Relation of titanus [i.e. tetanus] to the hypodermic or intramuscular injection of quinine - Number 43
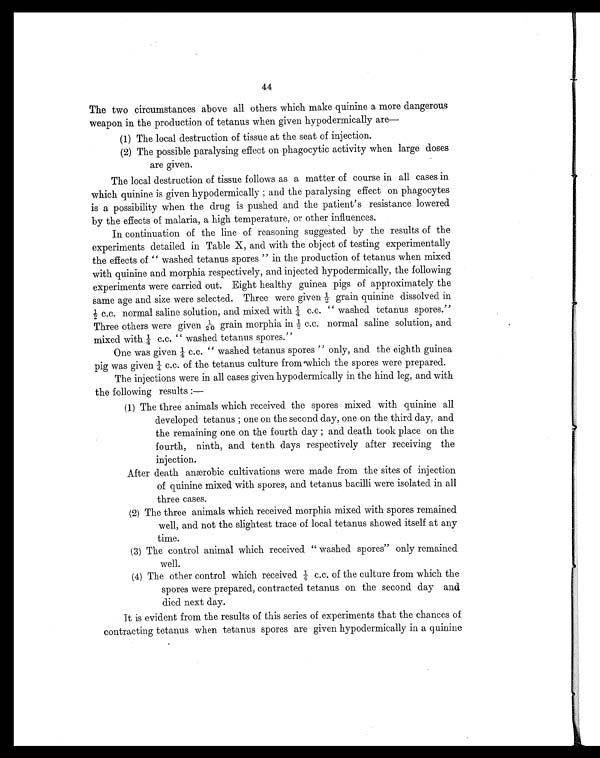
44
The two circumstances above all others which make quinine a more dangerous
weapon in the production of tetanus when given hypodermically are
-
(1) The local destruction of tissue at the seat of injection.
(2) The possible paralysing effect on phagocytic activity when large doses
are given.
The local destruction of tissue follows as a matter of course in all cases in
which quinine is given hypodermically ; and the paralysing effect on phagocytes
is a possibility when the drug is pushed and the patient's resistance lowered
by the effects of malaria, a high temperature, or other influences.
In continuation of the line of reasoning suggested by the results of the
experiments detailed in Table X, and with the object of testing experimentally
the effects of " washed tetanus spores " in the production of tetanus when mixed
with quinine and morphia respectively, and injected hypodermically, the following
experiments were carried out. Eight healthy guinea pigs of approximately the
same age and size were selected. Three were given ½ grain quinine dissolved in
c.c. normal saline solution, and mixed with ¼ c.c. " washed tetanus spores."
Three others were gi ven 1/20 grai n morphi a i n ½ c.c. normal sal i ne sol uti on, and
mi xed wi th ¼ c.c. " washed tetanus spores."
One was given ¼ c.c. " washed tetanus spores " only, and the eighth guinea
pig was given ¼ c.c. of the tetanus culture from which the spores were prepared.
The injections were in all cases given hypodermically in the hind leg, and with
the following results
:—
(1) The three animals which received the spores mixed with quinine all
developed tetanus ; one on the second day, one on the third day, and
the remaining one on the fourth day ; and death took place on the
fourth, ninth, and tenth days respectively after receiving the
injection.
After death anærobic cultivations were made from the sites of injection
of quinine mixed with spores, and tetanus bacilli were isolated in all
three cases.
(2) The three animals which received morphia mixed with spores remained
well, and not the slightest trace of local tetanus showed itself at any
time.
(3) The control animal which received " washed spores" only remained
well.
(4) The other control which received ¼ c.c. of the culture from which the
spores were prepared, contracted tetanus on the second day and
died next day.
It is evident from the results of this series of experiments that the chances of
contracting tetanus when tetanus spores are given hypodermically in a quinine